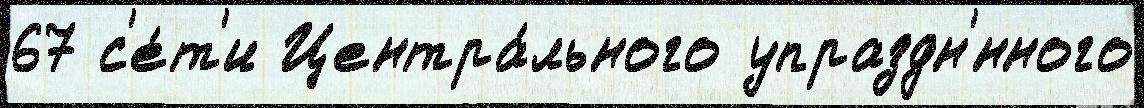
67 с'е́т'и Центра́льного упраздн'́нного